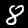
Label: 8